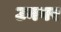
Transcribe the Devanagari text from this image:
उनगर